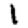
Digit: 1